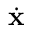
\dot { \bf x }